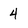
Character: 4